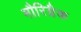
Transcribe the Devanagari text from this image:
मौरिग्नैक